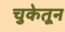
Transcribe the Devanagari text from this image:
चुकेतून